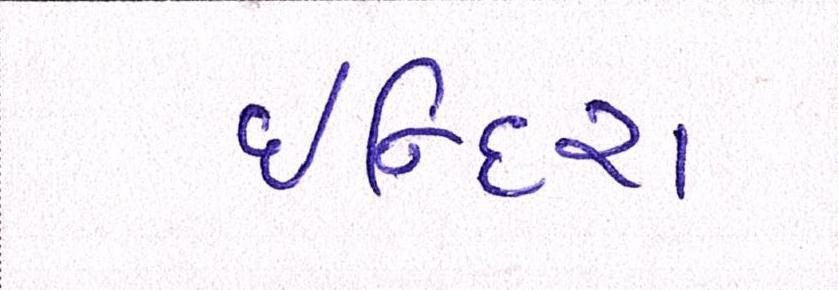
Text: ઈન્દિરા